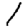
Digit: 1